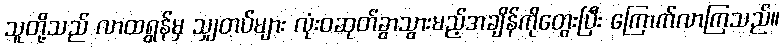
သူတို့သည် လာထရွန်မှ သျှတပ်များ လုံးဝဆုတ်ခွာသွားမည့်အချိန်ကိုတွေးပြီး ကြောက်လာကြသည်။